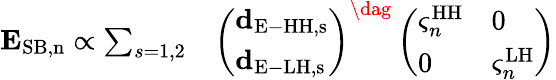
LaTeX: \begin{array}{rl}{{\mathbf E}_{\mathrm{SB,n}}\propto\sum_{s=1,2}}&{{}\left(\begin{array}{l}{{\mathbf d}_{\mathrm{E-HH,s}}}\\ {{\mathbf d}_{\mathrm{E-LH,s}}}\end{array}\right)^{\dag}\left(\begin{array}{ll}{\varsigma_{n}^{\mathrm{HH}}}&{0}\\ {0}&{\varsigma_{n}^{\mathrm{LH}}}\end{array}\right)}\end{array}